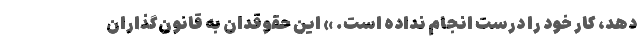
دهد، کار خود را درست انجام نداده است. » این حقوقدان به قانون‌گذاران